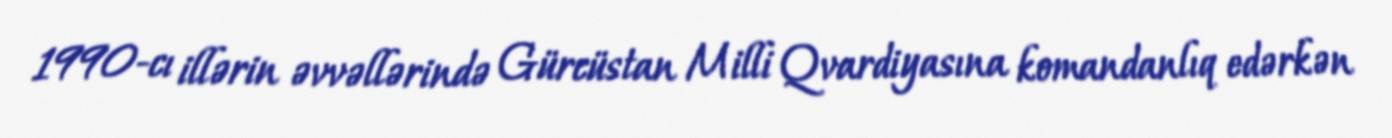
1990-cı illərin əvvəllərində Gürcüstan Milli Qvardiyasına komandanlıq edərkən